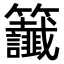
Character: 𫂰